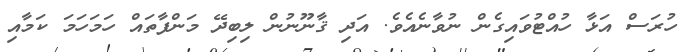
ހުރަސް އަޅާ ހުއްޓުވައިގެން ނުވާނެއެވެ. އަދި ޤާނޫނުން ލިބިދޭ މަންފާތައް ހަމަހަމަ ކަމާއި